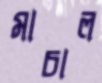
মাচাল